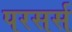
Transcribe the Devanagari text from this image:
परसर्स